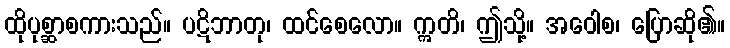
ထိုပုစ္ဆာစကားသည်။ ပဋိဘာတု၊ ထင်စေလော။ ဣတိ၊ ဤသို့။ အဝေါစ၊ ပြောဆို၏။